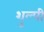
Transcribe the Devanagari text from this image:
शुल्पी